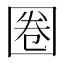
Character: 圈